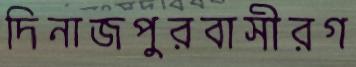
দিনাজপুরবাসীরগ